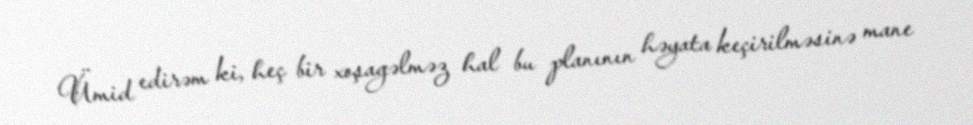
Ümid edirəm ki, heç bir xoşagəlməz hal bu planının həyata keçirilməsinə mane